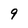
Character: 9